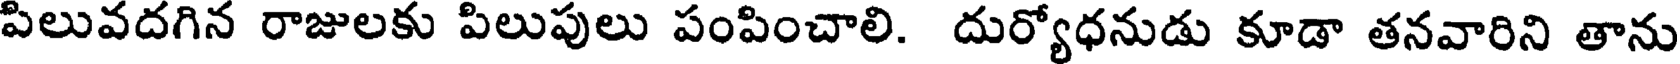
పిలువదగిన రాజులకు పిలుపులు పంపించాలి. దుర్యోధనుడు కూడా తనవారిని తాను